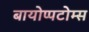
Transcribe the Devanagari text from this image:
बायोप्पटोम्स